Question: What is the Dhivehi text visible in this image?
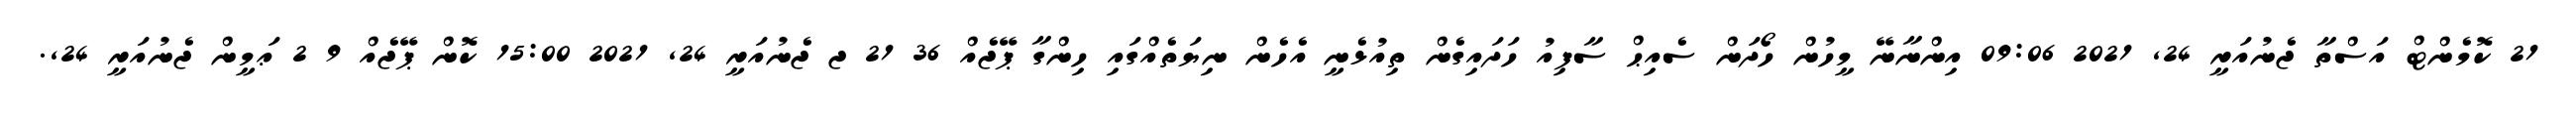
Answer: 21 ކޮމެންޓް އަސްތާ ޖެނުއަރީ 24, 2021 09:06 އިންނާނޭ މީހުން ހޯދަން ސެއިޙް ސާފިއު ހަދައިގެން ތިއުޅެނީ އެހެން ނިޔަތެއްގައި ހިންގާ ޕޭޖެއް 36 21 ޖ ޖެނުއަރީ 24, 2021 15:00 ކޮން ޕޭޖެއް 9 2 ޢަމީން ޖެނުއަރީ 24,.